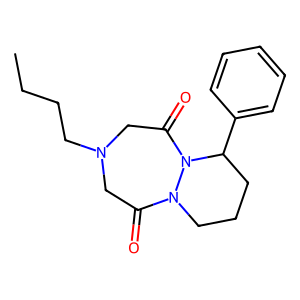
SMILES: CCCCN1CC(=O)N2CCCC(c3ccccc3)N2C(=O)C1
Inhibits HIV replication: No